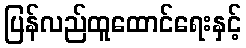
ပြန်လည်ထူထောင်ရေးနှင့်